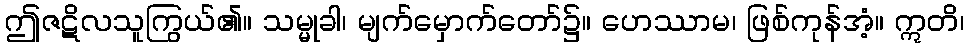
ဤဇဋိလသူကြွယ်၏။ သမ္မုခါ၊ မျက်မှောက်တော်၌။ ဟေဿာမ၊ ဖြစ်ကုန်အံ့။ ဣတိ၊